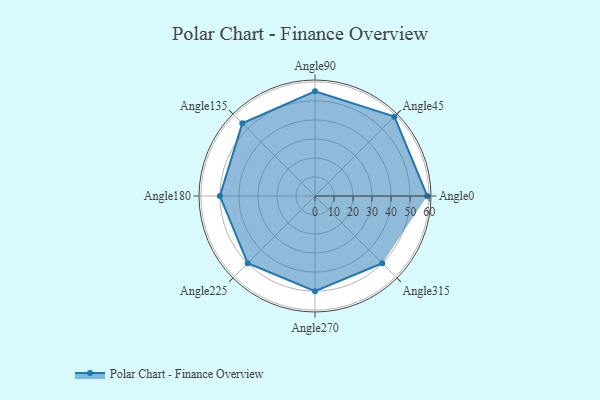
{"axis": {"x": "Angle", "y": "Radius"}, "legend": [""], "data": [{"x": "Angle0", "y": 59.0, "type": ""}, {"x": "Angle45", "y": 59.0, "type": ""}, {"x": "Angle90", "y": 55.0, "type": ""}, {"x": "Angle135", "y": 54.0, "type": ""}, {"x": "Angle180", "y": 50, "type": ""}, {"x": "Angle225", "y": 50, "type": ""}, {"x": "Angle270", "y": 50, "type": ""}, {"x": "Angle315", "y": 50, "type": ""}]}